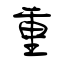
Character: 重